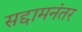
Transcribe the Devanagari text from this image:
सद्दामनंतर